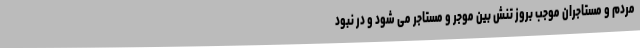
مردم و مستاجران موجب بروز تنش بین موجر و مستاجر می شود و در نبود